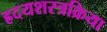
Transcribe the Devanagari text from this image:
ह्रदयशस्त्रक्रिया